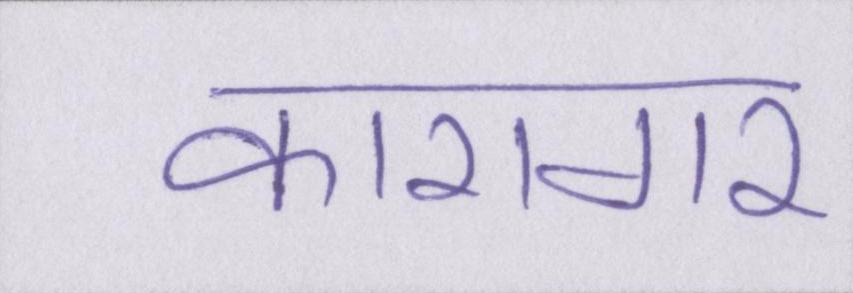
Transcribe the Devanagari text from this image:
कारागर